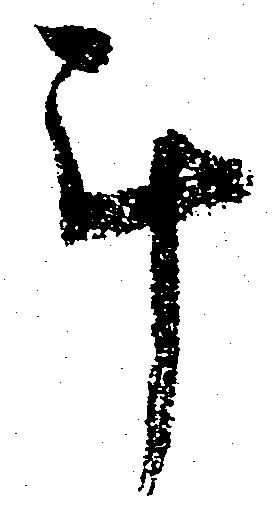
計